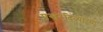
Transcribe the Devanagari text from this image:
प्रखरदिव्यांच्या